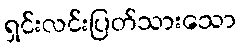
ရှင်းလင်းပြတ်သားသော